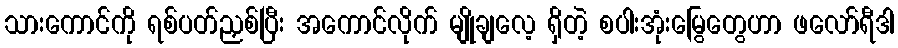
သားကောင်ကို ရစ်ပတ်ညှစ်ပြီး အကောင်လိုက် မျိုချလေ့ ရှိတဲ့ စပါးအုံးမြွေတွေဟာ ဖလော်ရီဒါ